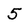
Character: 5